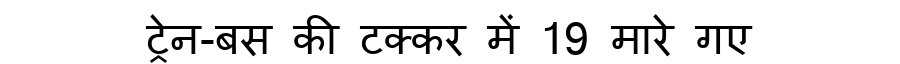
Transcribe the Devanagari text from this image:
ट्रेन-बस की टक्कर में 19 मारे गए